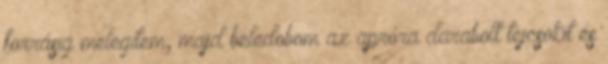
forrásig melegítem, majd beledobom az apróra darabolt tejcsokit és